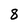
Character: 8